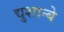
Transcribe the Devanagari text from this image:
द्युशान्बे